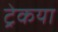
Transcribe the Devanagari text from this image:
ट्रेकया